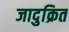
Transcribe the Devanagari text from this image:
जादुक्रित